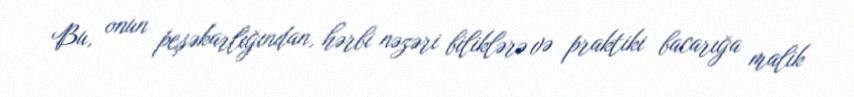
Bu, onun peşəkarlığından, hərbi nəzəri biliklərə və praktiki bacarığa malik